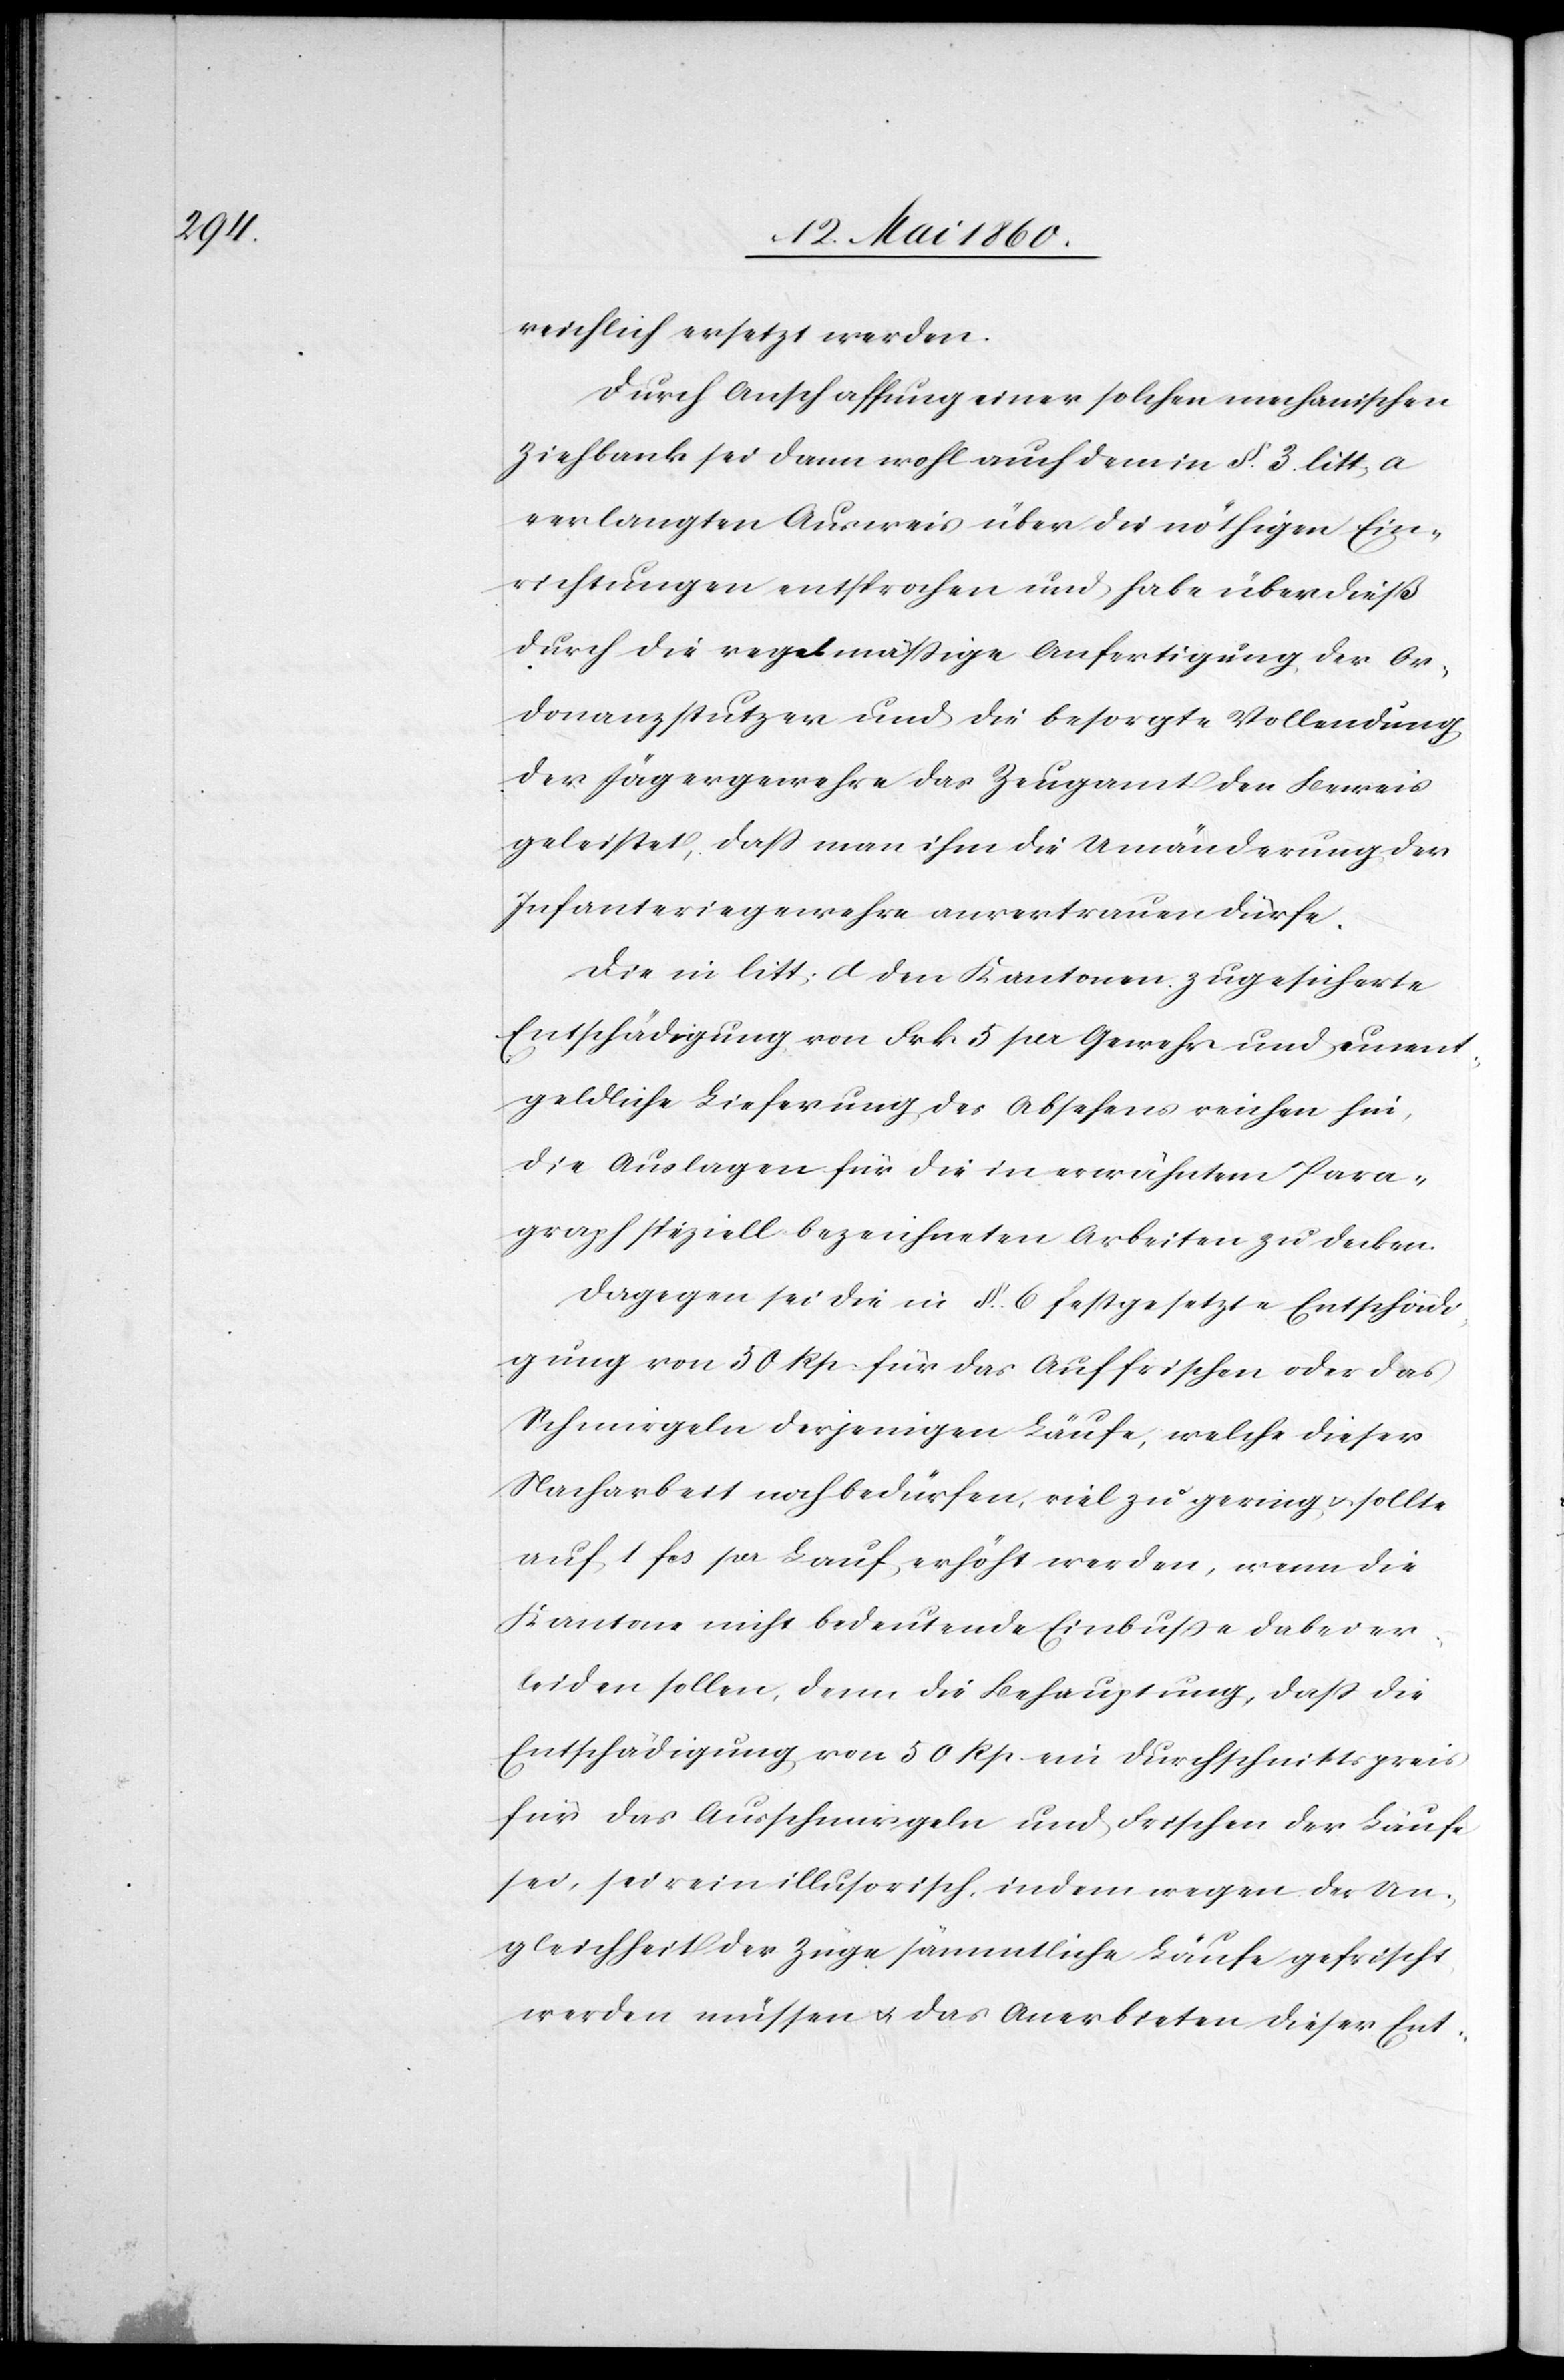
reichlich ersetzt werden.
Durch Anschaffung einer solchen mechanischen
Ziehbank sei dann wohl auch dem in §. 3. litt. a
verlangten Ausweis über die nöthigen Ein¬
richtungen entsprochen und habe überdieß
durch die regelmässige Anfertigung der Or¬
donanzstutzer und die besorgte Vollendung
der Jägergewehre das Zeugamt den Beweis
geleistet, dass man ihm die Umänderung der
Infanteriegewehre anvertrauen dürfe.
Die in litt. d. den Kantonen zugesicherte
Entschädigung von Frk. 5 per Gewehr und unent¬
geldliche Lieferung des Absehens reichen hin,
die Auslagen für die in erwähntem Para¬
graph speziell bezeichneten Arbeiten zu decken.
Dagegen sei die in §. 6. festgesetzte Entschädi¬
gung von 50 Rp. für das Auffrischen oder das
Schmirgeln derjenigen Läufe, welche dieser
Nacharbeit wohlbedürfen, viel zu gering u. sollte
auf 1 fcs. pr. Lauf erhöht werden, wenn die
Kantone nicht bedeutende Einbusse dabei er¬
leiden sollen, denn die Behauptung, dass die
Entschädigung von 50 Rp. ein Durchschnittspreis
für das Ausschmirgeln und Frischen der Läufe
sei, sei rein illusorisch, indem wegen der Un¬
gleichheit der Züge sämmtliche Läufe gefrischt
werden müssen u. das Anerbieten dieser Ent-